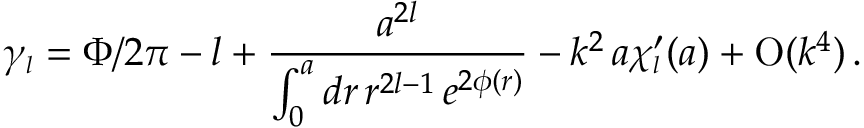
\gamma _ { \scriptscriptstyle { l } } = \Phi / 2 \pi - l + \frac { a ^ { 2 l } } { \int _ { 0 } ^ { a } d r \, r ^ { 2 l - 1 } \, e ^ { 2 \phi ( r ) } } - k ^ { 2 } \, a \chi _ { \scriptscriptstyle { l } } ^ { \prime } ( a ) + \mathrm { O } ( k ^ { 4 } ) \, .